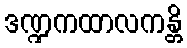
ဒဏ္ဍကထာလကန္တိ